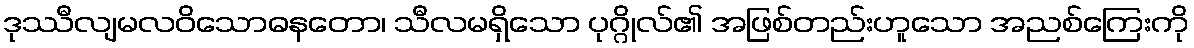
ဒုဿီလျမလဝိသောဓနတော၊ သီလမရှိသော ပုဂ္ဂိုလ်၏ အဖြစ်တည်းဟူသော အညစ်ကြေးကို